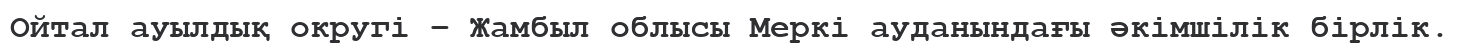
Ойтал ауылдық округі – Жамбыл облысы Меркі ауданындағы әкімшілік бірлік.